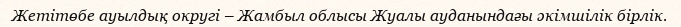
Жетітөбе ауылдық округі – Жамбыл облысы Жуалы ауданындағы әкімшілік бірлік.